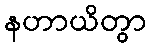
နဟာယိတွာ